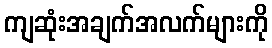
ကျဆုံးအချက်အလက်များကို